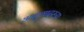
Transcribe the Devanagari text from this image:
अनुवादरूप